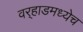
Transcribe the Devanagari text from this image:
वर्‍हाडमध्येच